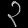
Digit: ၃